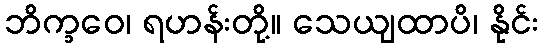
ဘိက္ခဝေ၊ ရဟန်းတို့။ သေယျထာပိ၊ နိုင်း